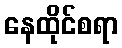
နေထိုင်စရာ